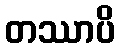
တဿာပိ